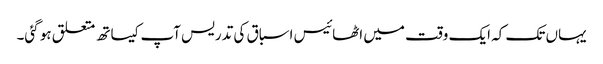
یہاں تک کہ ایک وقت میں اٹھائیس اسباق کی تدریس آپ کیساتھ متعلق ہو گئی۔